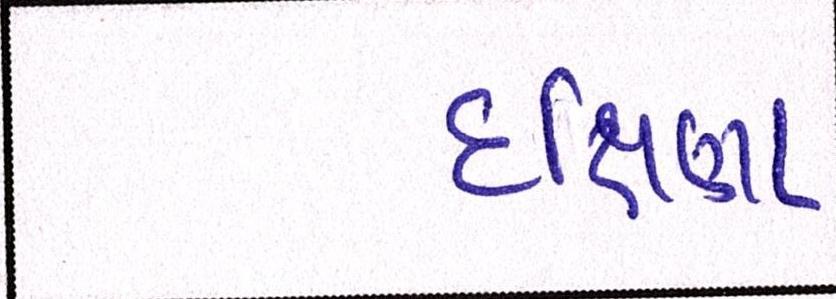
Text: દક્ષિણા